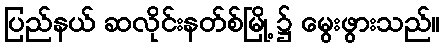
ပြည်နယ် ဆလိုင်းနတ်စ်မြို့ ၌ မွေးဖွားသည်။